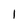
Character: I